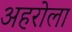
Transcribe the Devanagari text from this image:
अहरोला